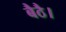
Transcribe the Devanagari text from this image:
बैठै।